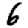
Digit: 6